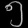
Digit: ၅